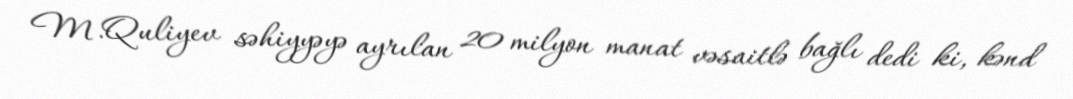
M.Quliyev səhiyyəyə ayrılan 20 milyon manat vəsaitlə bağlı dedi ki, kənd